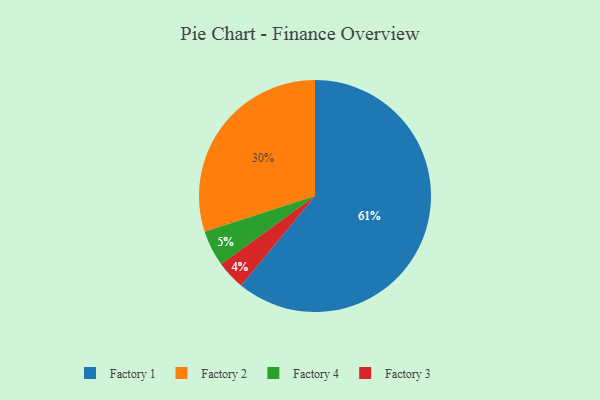
{"axis": {"x": "Category", "y": "Percentage"}, "legend": ["Factory 1", "Factory 2", "Factory 3", "Factory 4"], "data": [{"x": "Factory 4", "y": 5, "type": "Factory 4"}, {"x": "Factory 3", "y": 4, "type": "Factory 3"}, {"x": "Factory 2", "y": 30, "type": "Factory 2"}, {"x": "Factory 1", "y": 61, "type": "Factory 1"}]}